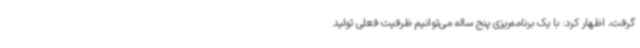
گرفت، اظهار کرد: با یک برنامه‌ریزی پنج ساله می‌توانیم ظرفیت فعلی تولید